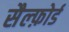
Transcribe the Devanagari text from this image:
सैल्फ़ोर्ड